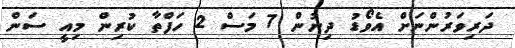
ދަރިވަރުންނަށް އެވޯޑު ދިނުން 7 މަސް 2 ހަފްތާ ކުރިން މިއީ ސަން